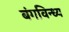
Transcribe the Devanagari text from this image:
बंगविन्ध्य